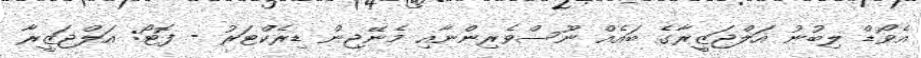
އެވޯޑް ލިބުނު އަލްޖަޒީރާގެ ބައެއް ނޫސްވެރިންނާއި މެނޭޖިން ޑިރެކްޓަރު - ފޮޓޯ: އަލްޖަޒީރާ